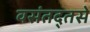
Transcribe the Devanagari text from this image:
वसंतद्तसे